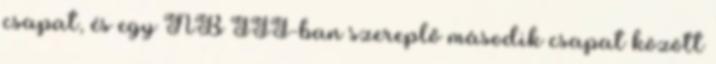
csapat, és egy NB III-ban szereplő második csapat között